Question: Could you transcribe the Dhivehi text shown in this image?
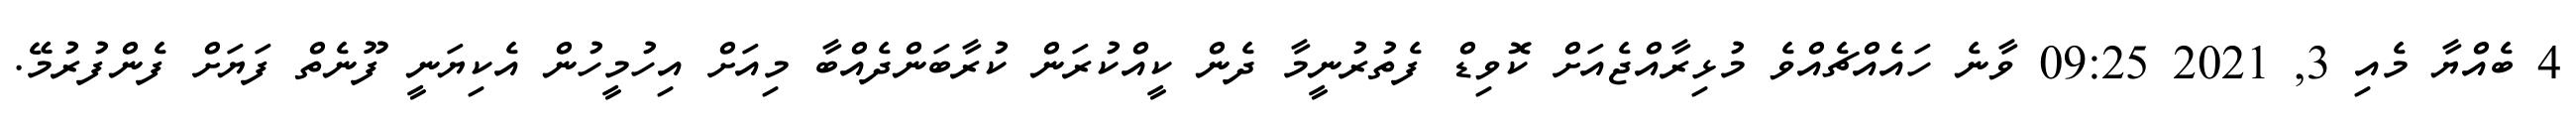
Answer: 4 ބެއްޔާ މެއި 3, 2021 09:25 ވާނެ ހައެއްޗެއްވެ މުޅިރާއްޖެއަށް ކޮވިޑް ފެތުރުނީމާ ދެން ކީއްކުރަން ކުރާބަންދެއްބާ މިއަށް އިހުމީހުން އެކިޔަނީ ފޫނެތް ފަޔަށް ފެންފުރުމޭ.